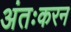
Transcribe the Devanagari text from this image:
अंतःकरन